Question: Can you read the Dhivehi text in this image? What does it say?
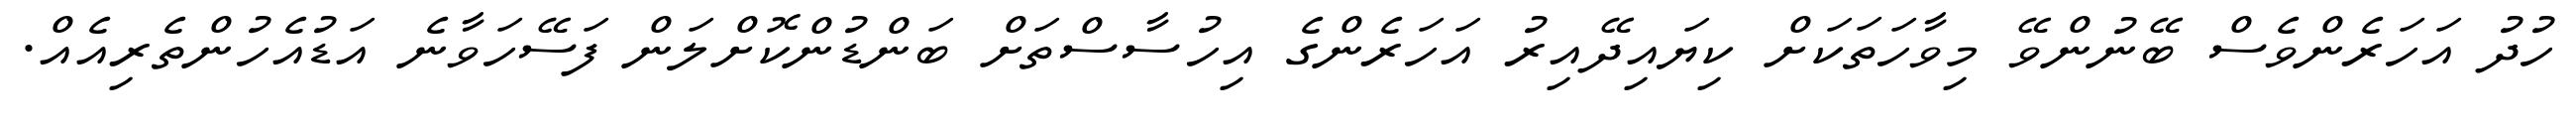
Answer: ހުދު އަހަރެންވެސް ބޭނުންވޭ މިވާހަތަކަށް ކިޔައިދޭއިރު އަހަރެންގެ އިހުސާސްތަށް ބަންޑުންކޮށްލަން ފަސޭހަވާނެ އަޑުއެހުންތެރިއެއް.